Trukikaitis_Postimees, lk 187
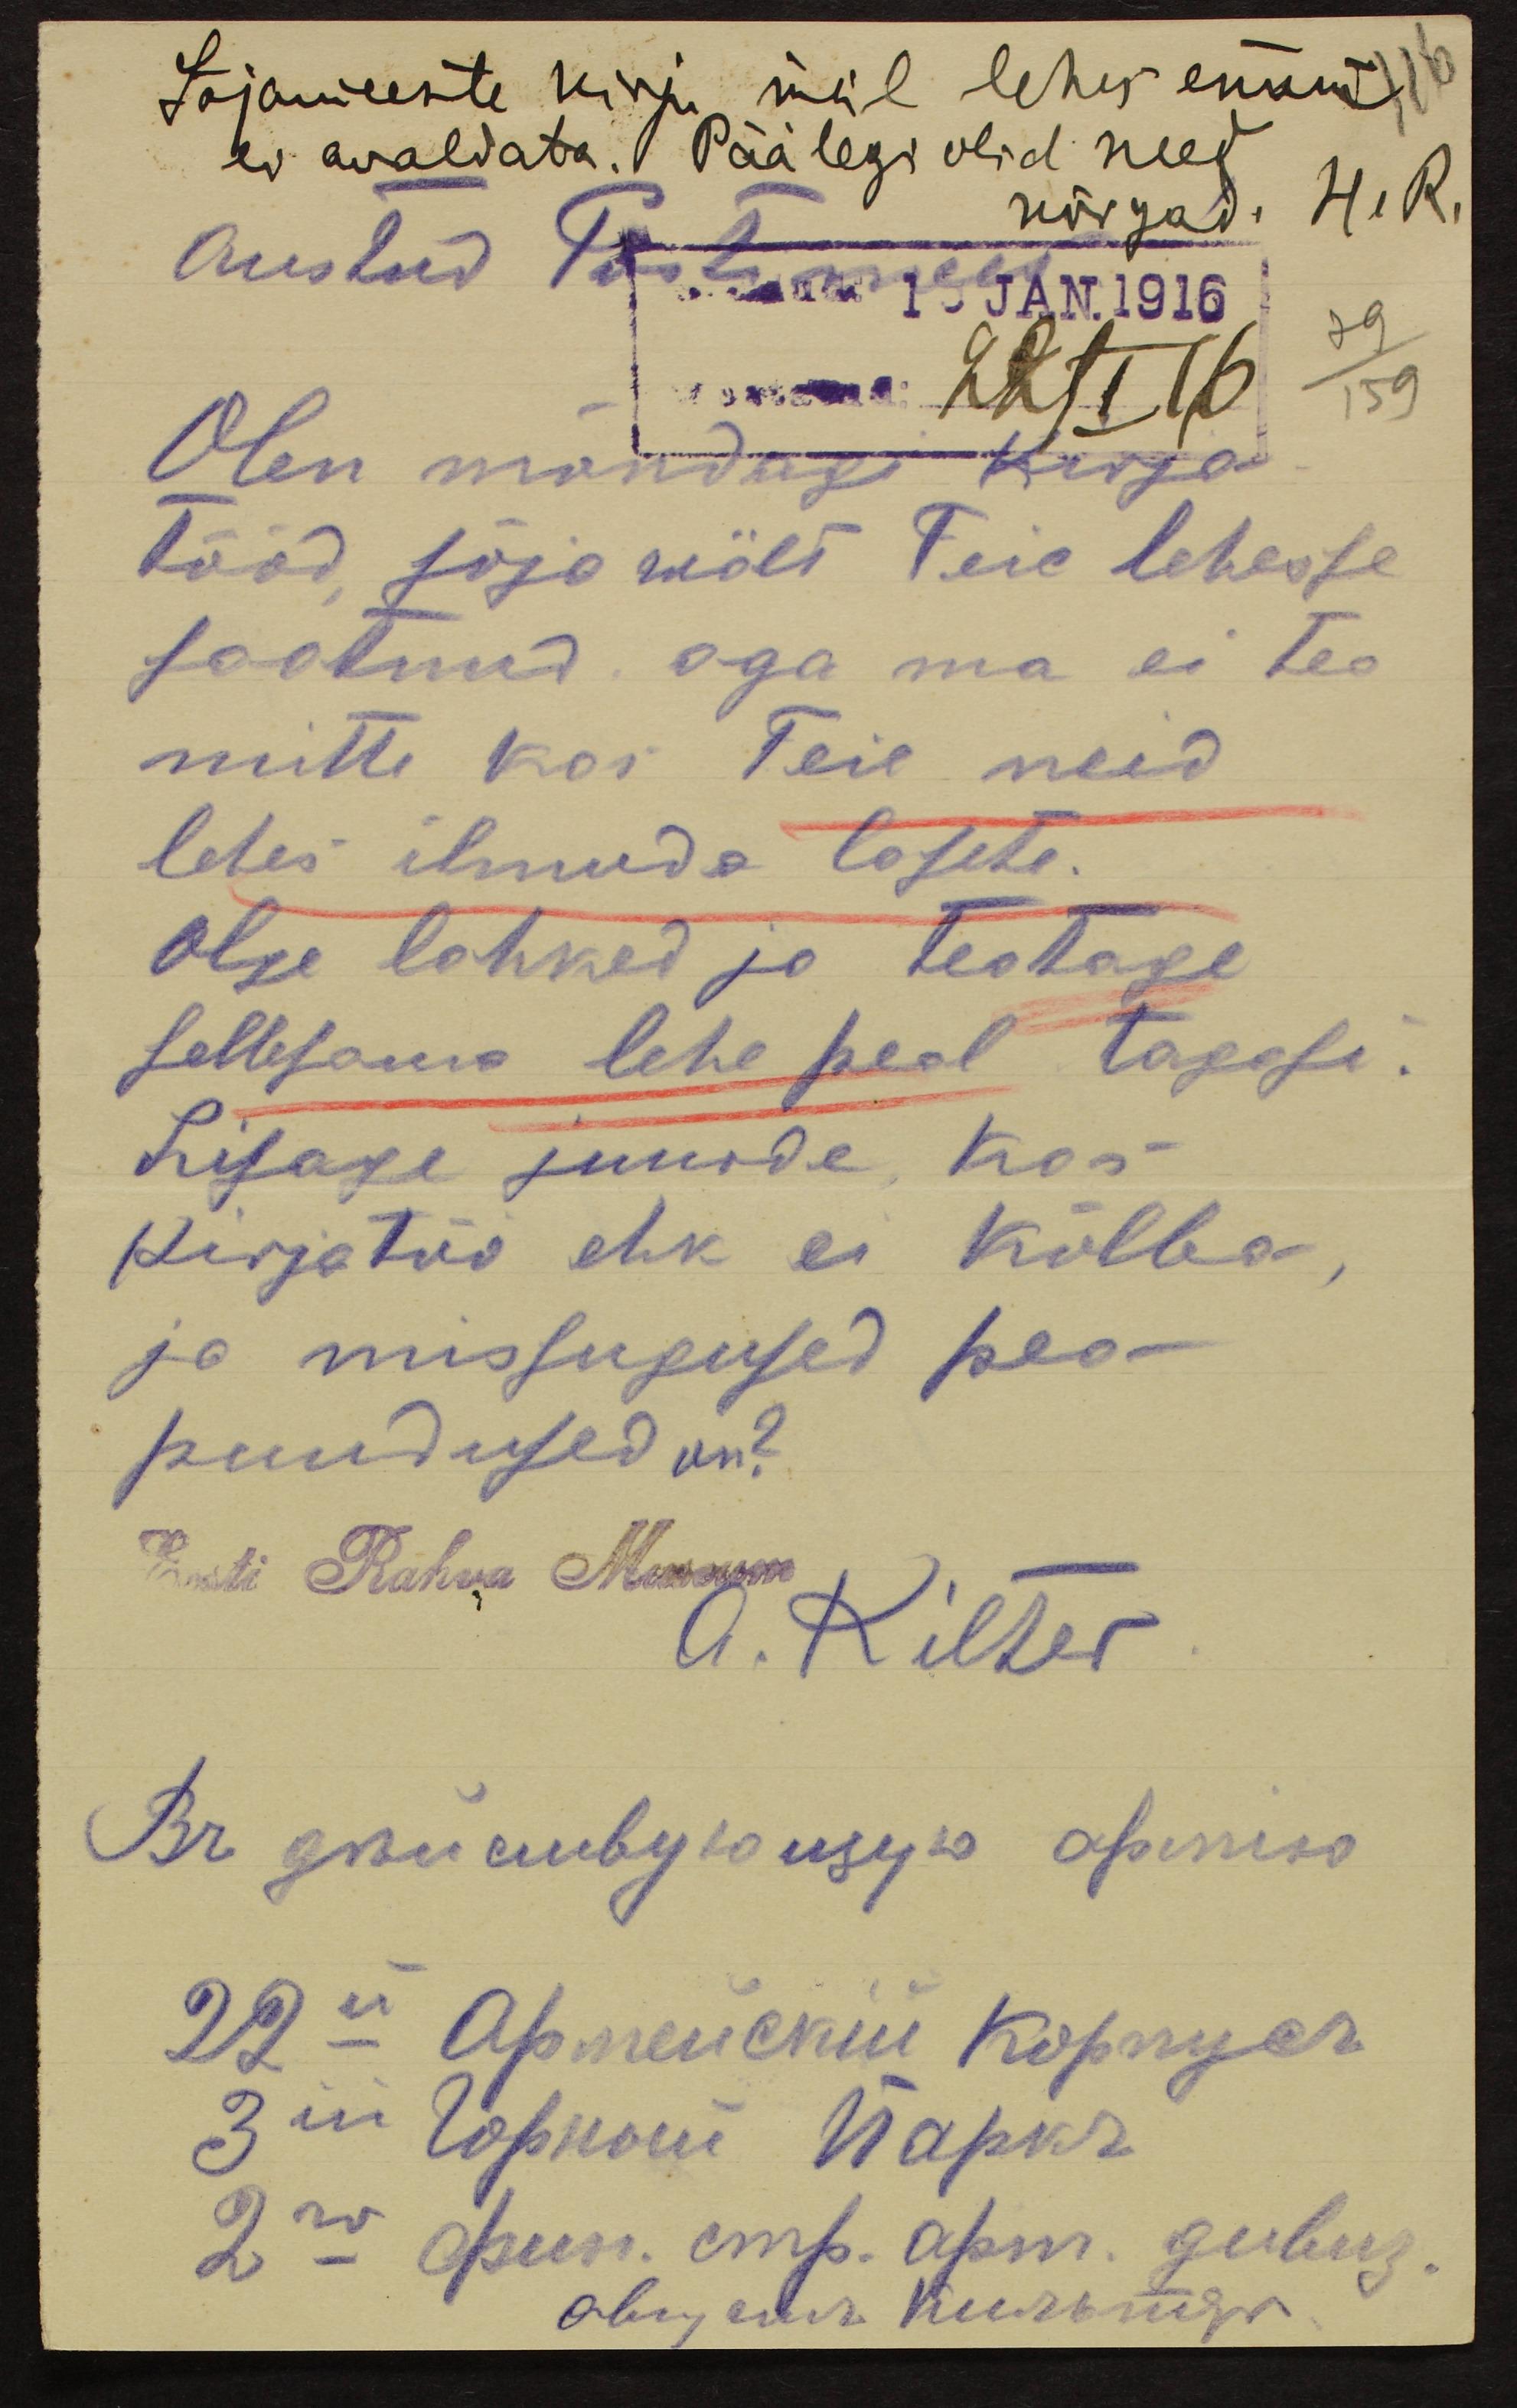
Sõjameeste kirju meil lehes enam
ei avaldata. Päälegi olid need
nõrgad. H. R.
Austud Postimees
Olen mõndagi kirja
tööd sõja wält Teie lehesse
saatnud, aga ma ei tea
mitte kas Teie neid
lehes ilmuda lasete.
Olge lahked ja teatage
sellesama lehe peal tagasi.
Lisage juurde, kas
kirjatöö ehk ei kõlba,
ja missugused pea
puudused on?
Eesti Rahva Muuseum
A. Kilter